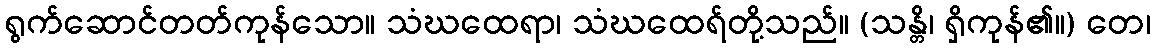
ရွက်ဆောင်တတ်ကုန်သော။ သံဃထေရာ၊ သံဃထေရ်တို့သည်။ (သန္တိ၊ ရှိကုန်၏။) တေ၊